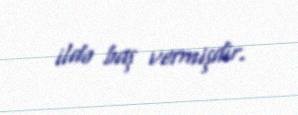
ildə baş vermişdir.